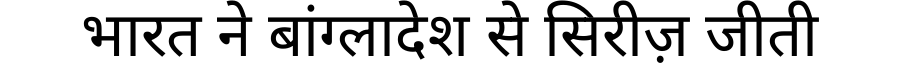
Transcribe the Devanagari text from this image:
भारत ने बांग्लादेश से सिरीज़ जीती